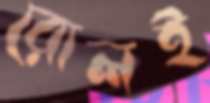
রোলই